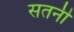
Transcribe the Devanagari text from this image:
सतनी